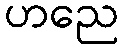
ဟညေ